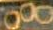
800